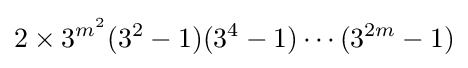
2\times 3^{m^{2}}(3^{2}-1)(3^{4}-1)\cdots (3^{2m}-1)